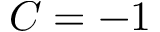
C = - 1